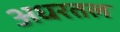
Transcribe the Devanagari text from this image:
अधरतल